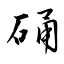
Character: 硧